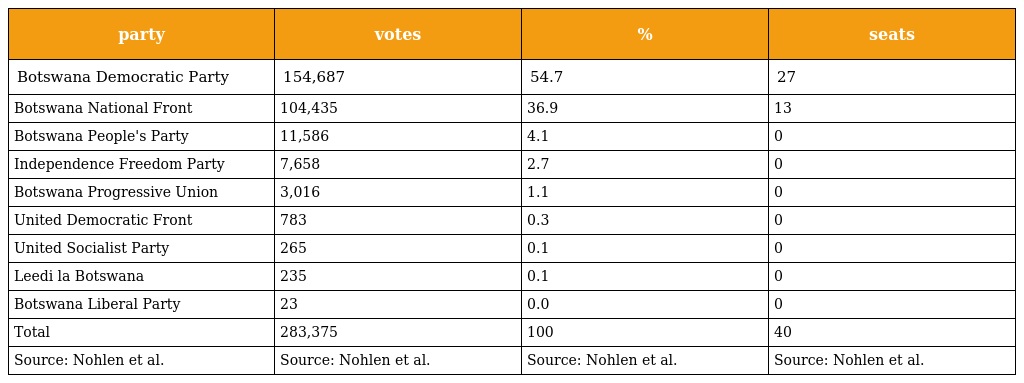
| party | votes | % | seats |
 | --- | --- | --- | --- |
 | Botswana Democratic Party | 154,687 | 54.7 | 27 |
 | Botswana National Front | 104,435 | 36.9 | 13 |
 | Botswana People's Party | 11,586 | 4.1 | 0 |
 | Independence Freedom Party | 7,658 | 2.7 | 0 |
 | Botswana Progressive Union | 3,016 | 1.1 | 0 |
 | United Democratic Front | 783 | 0.3 | 0 |
 | United Socialist Party | 265 | 0.1 | 0 |
 | Leedi la Botswana | 235 | 0.1 | 0 |
 | Botswana Liberal Party | 23 | 0.0 | 0 |
 | Total | 283,375 | 100 | 40 |
 | Source: Nohlen et al. | Source: Nohlen et al. | Source: Nohlen et al. | Source: Nohlen et al. |